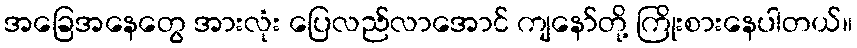
အခြေအနေတွေ အားလုံး ပြေလည်လာအောင် ကျနော်တို့ ကြိုးစားနေပါတယ်။